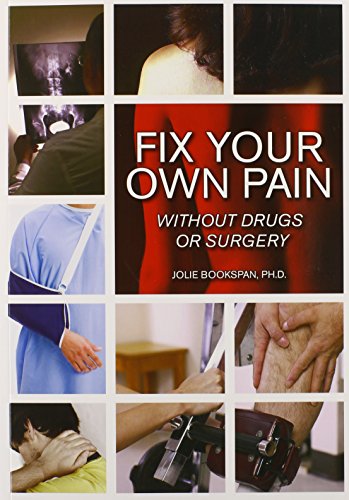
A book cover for Fix Your Own Pain Without Drugs or Surgery; Jolie Bookspan; Health, Fitness & Dieting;